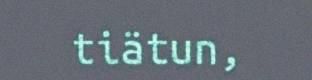
tiätun,